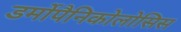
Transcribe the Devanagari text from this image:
डर्मोपैनिकोलोसिस